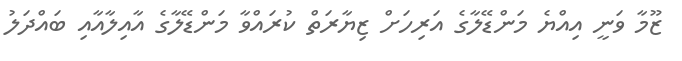
ޒޫމާ ވަނީ އިއްޔެ މަންޑޭލާގެ އަރިހަށް ޒިޔާރަތް ކުރައްވާ މަންޑޭލާގެ އާއިލާއާއި ބައްދަލު